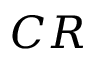
C R